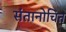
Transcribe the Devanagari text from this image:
संतानोचित